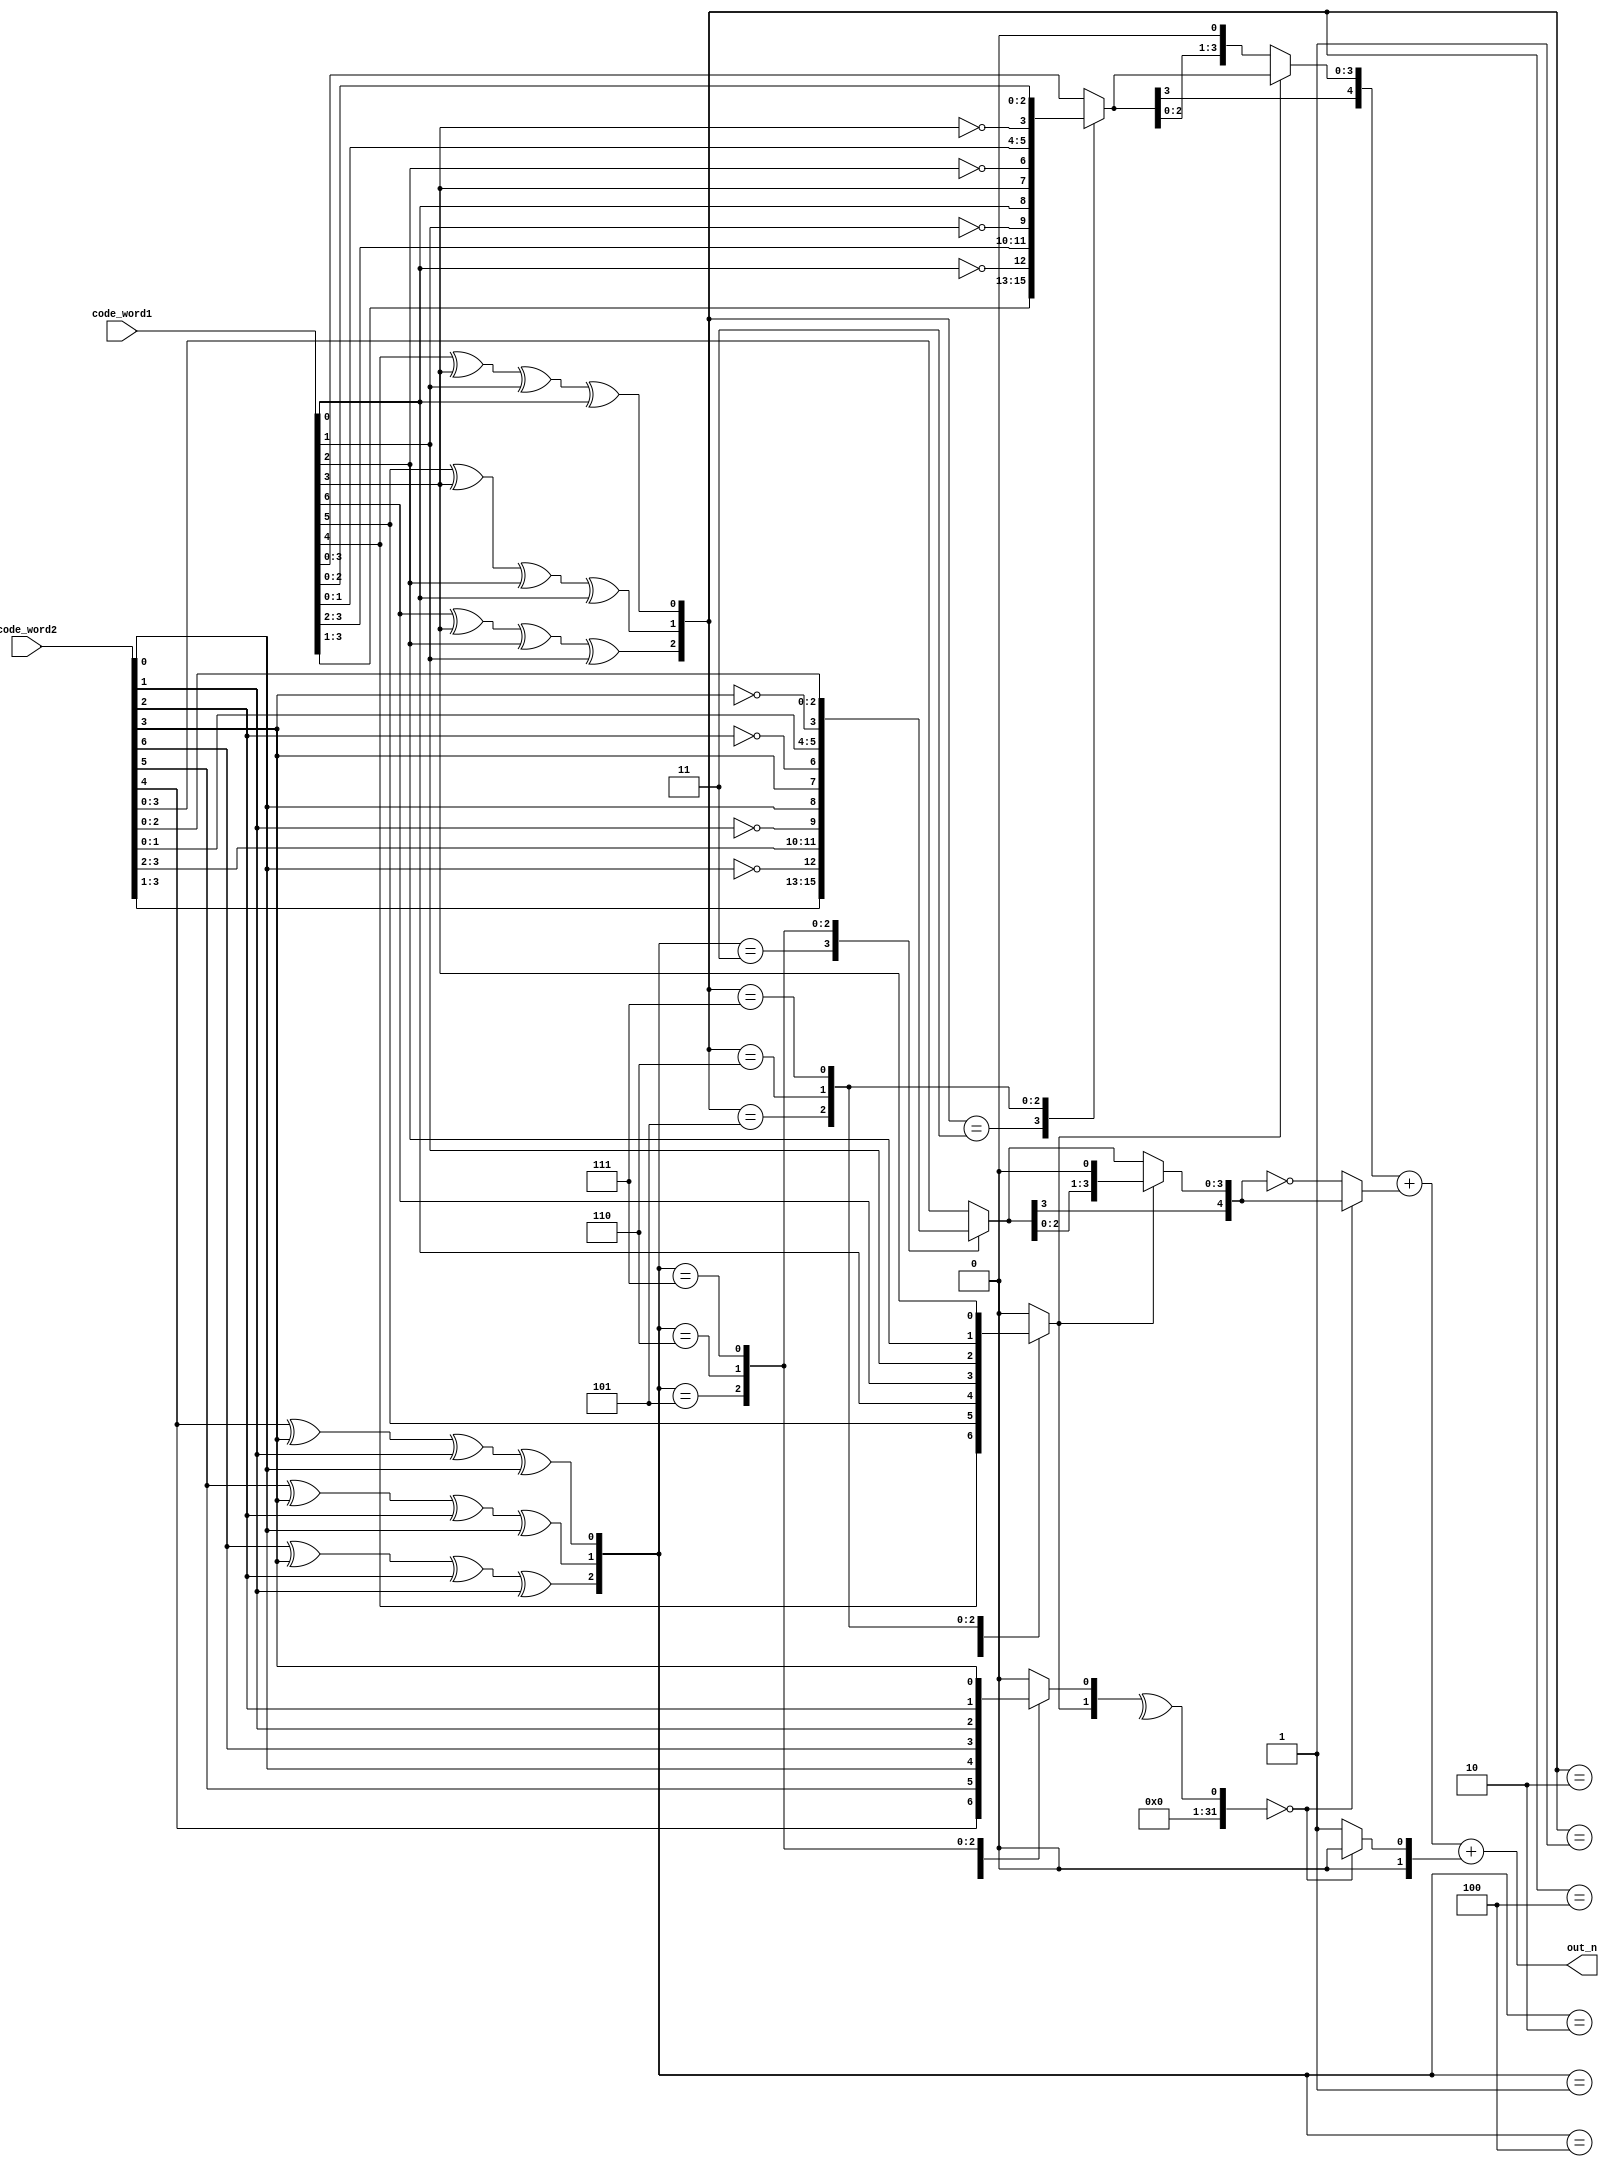
module HD(
	code_word1,
	code_word2,
	out_n
);
input  [6:0] code_word1, code_word2;
output reg signed [5:0] out_n;


// declaraton
wire 	cw1_even1, cw1_even2, cw1_even3,
		cw2_even1, cw2_even2, cw2_even3;
wire [2:0] cw1_even, cw2_even;

reg [3:0] correct_code_word1, correct_code_word2;

reg [1:0] opt;
wire signed  [4:0] sel1, sel2;
reg signed [4:0] final_sel2;
reg signed cin;


// design

// parity check
assign cw1_even1 = code_word1[6] ^ code_word1[3] ^ code_word1[2] ^ code_word1[1];
assign cw1_even2 = code_word1[5] ^ code_word1[3] ^ code_word1[2] ^ code_word1[0];
assign cw1_even3 = code_word1[4] ^ code_word1[3] ^ code_word1[1] ^ code_word1[0];

assign cw2_even1 = code_word2[6] ^ code_word2[3] ^ code_word2[2] ^ code_word2[1];
assign cw2_even2 = code_word2[5] ^ code_word2[3] ^ code_word2[2] ^ code_word2[0];
assign cw2_even3 = code_word2[4] ^ code_word2[3] ^ code_word2[1] ^ code_word2[0];

assign cw1_even = {cw1_even1, cw1_even2, cw1_even3};
assign cw2_even = {cw2_even1, cw2_even2, cw2_even3};

// correct code word
always @(*) begin
	case (cw1_even)
		3'b011 : correct_code_word1 = {code_word1[6], code_word1[5], code_word1[4], code_word1[3], code_word1[2], code_word1[1], !code_word1[0]}; // x4 is wrong
		3'b101 : correct_code_word1 = {code_word1[6], code_word1[5], code_word1[4], code_word1[3], code_word1[2], !code_word1[1], code_word1[0]}; // x3 is wrong
		3'b110 : correct_code_word1 = {code_word1[6], code_word1[5], code_word1[4], code_word1[3], !code_word1[2], code_word1[1], code_word1[0]}; // x2 is wrong
		3'b111 : correct_code_word1 = {code_word1[6], code_word1[5], code_word1[4], !code_word1[3], code_word1[2], code_word1[1], code_word1[0]}; // x1 is wrong
		default: correct_code_word1 = code_word1;
	endcase
end

// error bit: opt
always @(*) begin
	case (cw1_even)
		3'b001 : opt[1] = code_word1[4];// p3 is wrong
		3'b010 : opt[1] = code_word1[5];// p2 is wrong
		3'b011 : opt[1] = code_word1[0];// x4 is wrong
		3'b100 : opt[1] = code_word1[6];// p1 is wrong
		3'b101 : opt[1] = code_word1[1];// x3 is wrong
		3'b110 : opt[1] = code_word1[2];// x2 is wrong
		3'b111 : opt[1] = code_word1[3];// x1 is wrong
		default: opt[1] = 0;
	endcase
end

always @(*) begin
	case (cw2_even)
		3'b011 : correct_code_word2 = {code_word2[6], code_word2[5], code_word2[4], code_word2[3], code_word2[2], code_word2[1], !code_word2[0]}; // x4 is wrong
		3'b101 : correct_code_word2 = {code_word2[6], code_word2[5], code_word2[4], code_word2[3], code_word2[2], !code_word2[1], code_word2[0]}; // x3 is wrong
		3'b110 : correct_code_word2 = {code_word2[6], code_word2[5], code_word2[4], code_word2[3], !code_word2[2], code_word2[1], code_word2[0]}; // x2 is wrong
		3'b111 : correct_code_word2 = {code_word2[6], code_word2[5], code_word2[4], !code_word2[3], code_word2[2], code_word2[1], code_word2[0]}; // x1 is wrong
		default: correct_code_word2 = code_word2;
	endcase
end

always @(*) begin
	case (cw2_even)
		3'b001 : opt[0] = code_word2[4];// p3 is wrong
		3'b010 : opt[0] = code_word2[5];// p2 is wrong
		3'b011 : opt[0] = code_word2[0];// x4 is wrong
		3'b100 : opt[0] = code_word2[6];// p1 is wrong
		3'b101 : opt[0] = code_word2[1];// x3 is wrong
		3'b110 : opt[0] = code_word2[2];// x2 is wrong
		3'b111 : opt[0] = code_word2[3];// x1 is wrong
		default: opt[0] = 0;
	endcase
end

// final calculations
assign sel1 = (opt[1] == 0) ? {correct_code_word1[3], correct_code_word1[2], correct_code_word1[1], correct_code_word1[0], 1'b0} : {correct_code_word1[3], correct_code_word1};
assign sel2 = (opt[1] == 0) ? {correct_code_word2[3], correct_code_word2} : {correct_code_word2[3], correct_code_word2[2], correct_code_word2[1], correct_code_word2[0], 1'b0};

always @(*) begin
	cin = (^opt == 0) ? 1'b0 : 1'b1;
	final_sel2 = (^opt == 0) ? sel2 : ~sel2;
	out_n = sel1 + final_sel2 + $signed({1'b0, cin});
end

endmodule